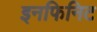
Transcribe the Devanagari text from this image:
इनफिनिट